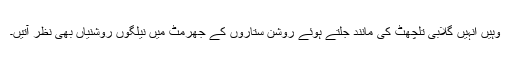
وہیں انہیں گلابی تلچھٹ کی مانند جلتے ہوئے روشن ستاروں کے جھرمٹ میں نیلگوں روشنیاں بھی نظر آتیں۔